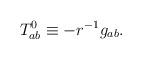
LaTeX: \begin{align*}T_{ab}^0\equiv -r^{-1}g_{ab}. \end{align*}